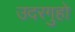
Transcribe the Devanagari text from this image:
उदरगुहो